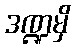
ဒဏ္ဍမှိ